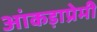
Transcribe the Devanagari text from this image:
आंकड़ाप्रेमी